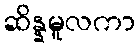
ဆိန္နမူလကာ